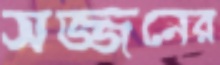
সজ্জনের